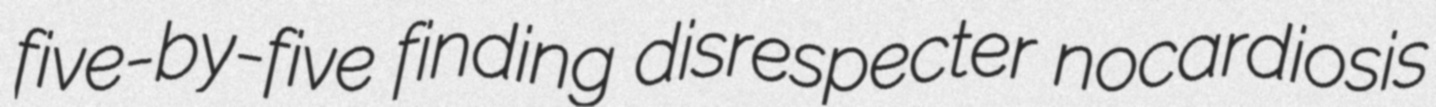
five-by-five finding disrespecter nocardiosis